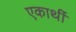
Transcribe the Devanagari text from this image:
एकार्थी